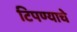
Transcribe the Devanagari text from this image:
टिपण्याचे